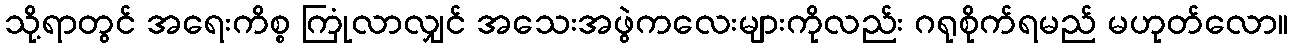
သို့ရာတွင် အရေးကိစ္စ ကြုံလာလျှင် အသေးအဖွဲကလေးများကိုလည်း ဂရုစိုက်ရမည် မဟုတ်လော။